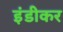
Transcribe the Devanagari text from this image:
इंडीकर